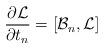
LaTeX: \begin{align*}{\partial{\cal L}\over\partial t_n} = [{\cal B}_n,{\cal L}]\end{align*}